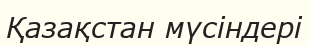
Қазақстан мүсіндері